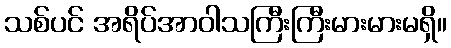
သစ်ပင် အရိပ်အာဝါသကြီးကြီးမားမားမရှိ။